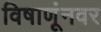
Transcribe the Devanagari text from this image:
विषाणूंनवर